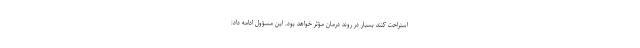
استراحت کنند بسیار در روند درمان مؤثر خواهد بود. این مسؤول ادامه داد: